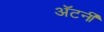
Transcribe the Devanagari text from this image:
अॅटर्नी